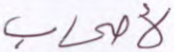
لأصحاب